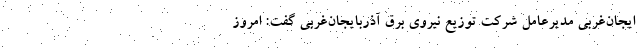
ایجان‌غربی مدیرعامل شرکت توزیع نیروی برق آذربایجان‌غربی گفت: امروز